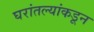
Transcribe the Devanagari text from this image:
घरांतल्यांकडून